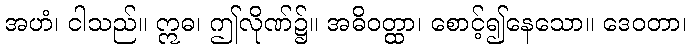
အဟံ၊ ငါသည်။ ဣဓ၊ ဤလိုဏ်၌။ အဓိဝတ္ထာ၊ စောင့်၍နေသော။ ဒေဝတာ၊